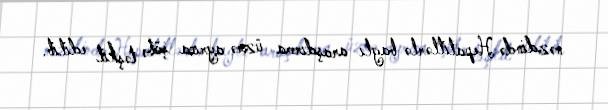
nəzdində Hepatitlərlə baglı araşdırma üzrə ayrıca şöbə təşkil edilib.